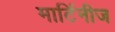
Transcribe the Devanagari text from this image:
मार्टिनीज